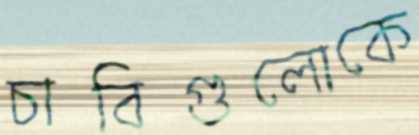
চাবিগুলোকে